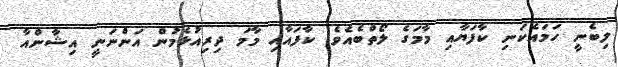
ލިބެނީ ހަމައެކަނި ކާފަޔާއި މާމަގެ ލޯތްބެއެވެ. ކާފައާއި މާމަ ދިރިއުޅެމުން އަންނަނީ އިޝާންއާ